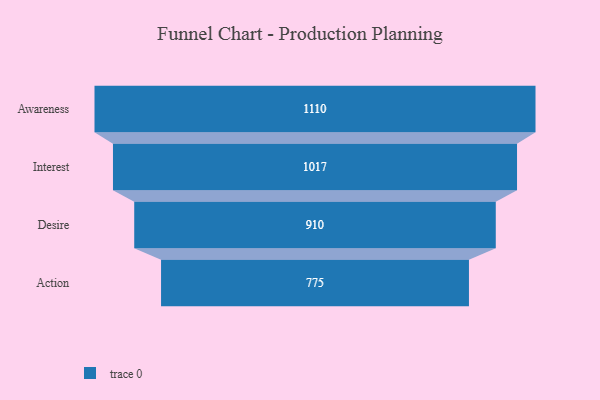
{"axis": {"x": "Stage", "y": "Value"}, "legend": [""], "data": [{"x": "Awareness", "y": 1110.0, "type": ""}, {"x": "Interest", "y": 1017.0, "type": ""}, {"x": "Desire", "y": 910.0, "type": ""}, {"x": "Action", "y": 775.0, "type": ""}]}